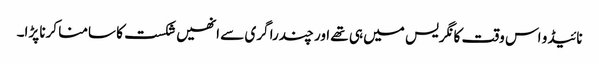
نائیڈو اس وقت کانگریس میں ہی تھے اور چندرا گری سے انھیں شکست کا سامنا کرنا پڑا۔